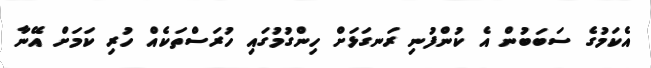
އެކަމުގެ ސަބަބުން އެ ކުންފުނި ރަނގަޅަށް ހިންގުމުގައި ހުރަސްތަކެއް ހުރި ކަމަށް އޭނާ